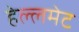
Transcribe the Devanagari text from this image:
हेल्लमेट